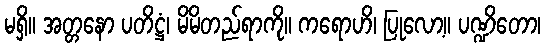
မရှိ။ အတ္တနော ပတိဋ္ဌံ၊ မိမိတည်ရာကို။ ကရောဟိ၊ ပြုလော့။ ပဏ္ဍိတော၊